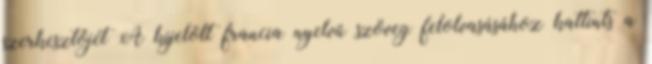
szerkesztőjét A kijelölt francia nyelvű szöveg felolvasásához kattints a